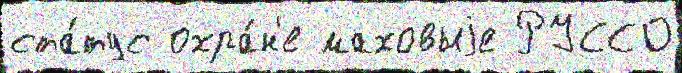
ста́тус охра́н'е маховыjе РУССО